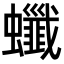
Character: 𧕂